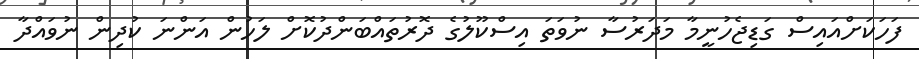
ފަހަކަށްއައިސް ގަޑިޖެހުނީމާ މަދަރުސާ ނުވަތަ އިސްކޫލުގެ ދޮރުތައްބަންދުކޮށް ލަހުން އަންނަ ކުދިން ނުވައްދާ